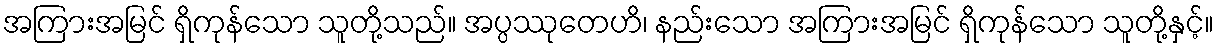
အကြားအမြင် ရှိကုန်သော သူတို့သည်။ အပ္ပဿုတေဟိ၊ နည်းသော အကြားအမြင် ရှိကုန်သော သူတို့နှင့်။